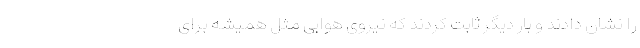
را نشان دادند و بار دیگر ثابت کردند که نیروی هوایی مثل همیشه برای